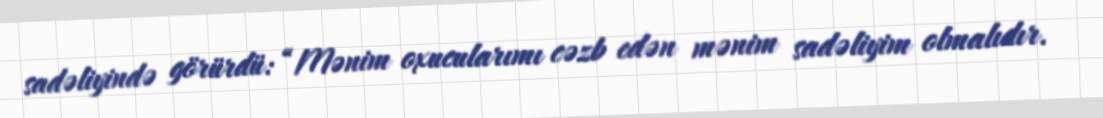
sadəliyində görürdü: “Mənim oxucularımı cəzb edən mənim sadəliyim olmalıdır.